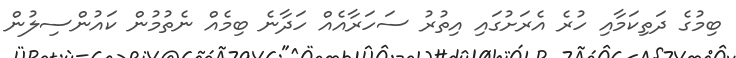
ބިމުގެ ދަތިކަމާއި ހުރެ އެރަށުގައި އިތުރު ސަހަރާއެއް ހަދާނެ ބިމެއް ނެތުމުން ކައުންސިލުން